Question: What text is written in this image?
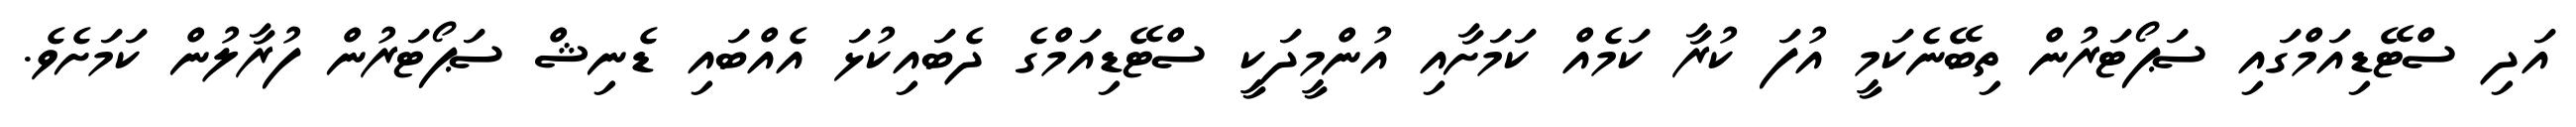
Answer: އަދި ސްޓޭޑިއަމްގައި ސަޕޯޓަރުން ތިބޭނެކަމީ އުފަ ކުރާ ކަމެއް ކަމަށާއި އުންމީދަކީ ސްޓޭޑިއަމްގެ ދެބައިކުޅަ އެއްބައި ޑެނިޝް ސަޕޯޓަރުން ފުރާލުން ކަމަށެވެ.